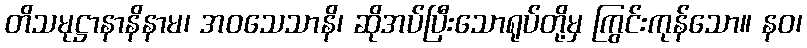
တိသမုဋ္ဌာနာနိနာမ၊ အဝသေသာနိ၊ ဆိုအပ်ပြီးသောရုပ်တို့မှ ကြွင်းကုန်သော။ နဝ၊